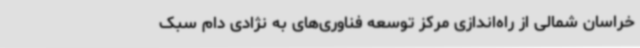
خراسان شمالی از راه‌اندازی مرکز توسعه فناوری‌های به نژادی دام سبک